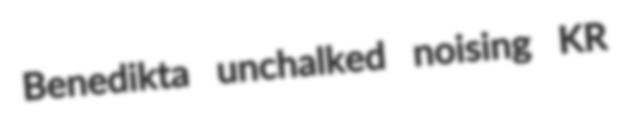
Benedikta unchalked noising KR